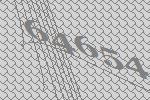
64654